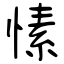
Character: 愫